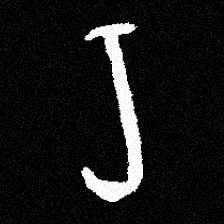
Pyu character \u2014 Myanmar letter: ရ (romanized: ra)